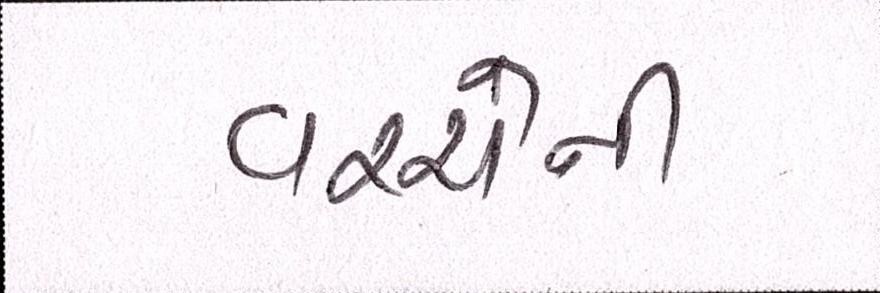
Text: વચ્ચેની